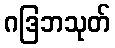
ဂဒြဘသုတ်